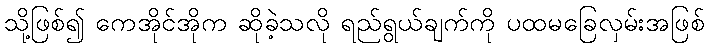
သို့ဖြစ်၍ ကေအိုင်အိုက ဆိုခဲ့သလို ရည်ရွယ်ချက်ကို ပထမခြေလှမ်းအဖြစ်